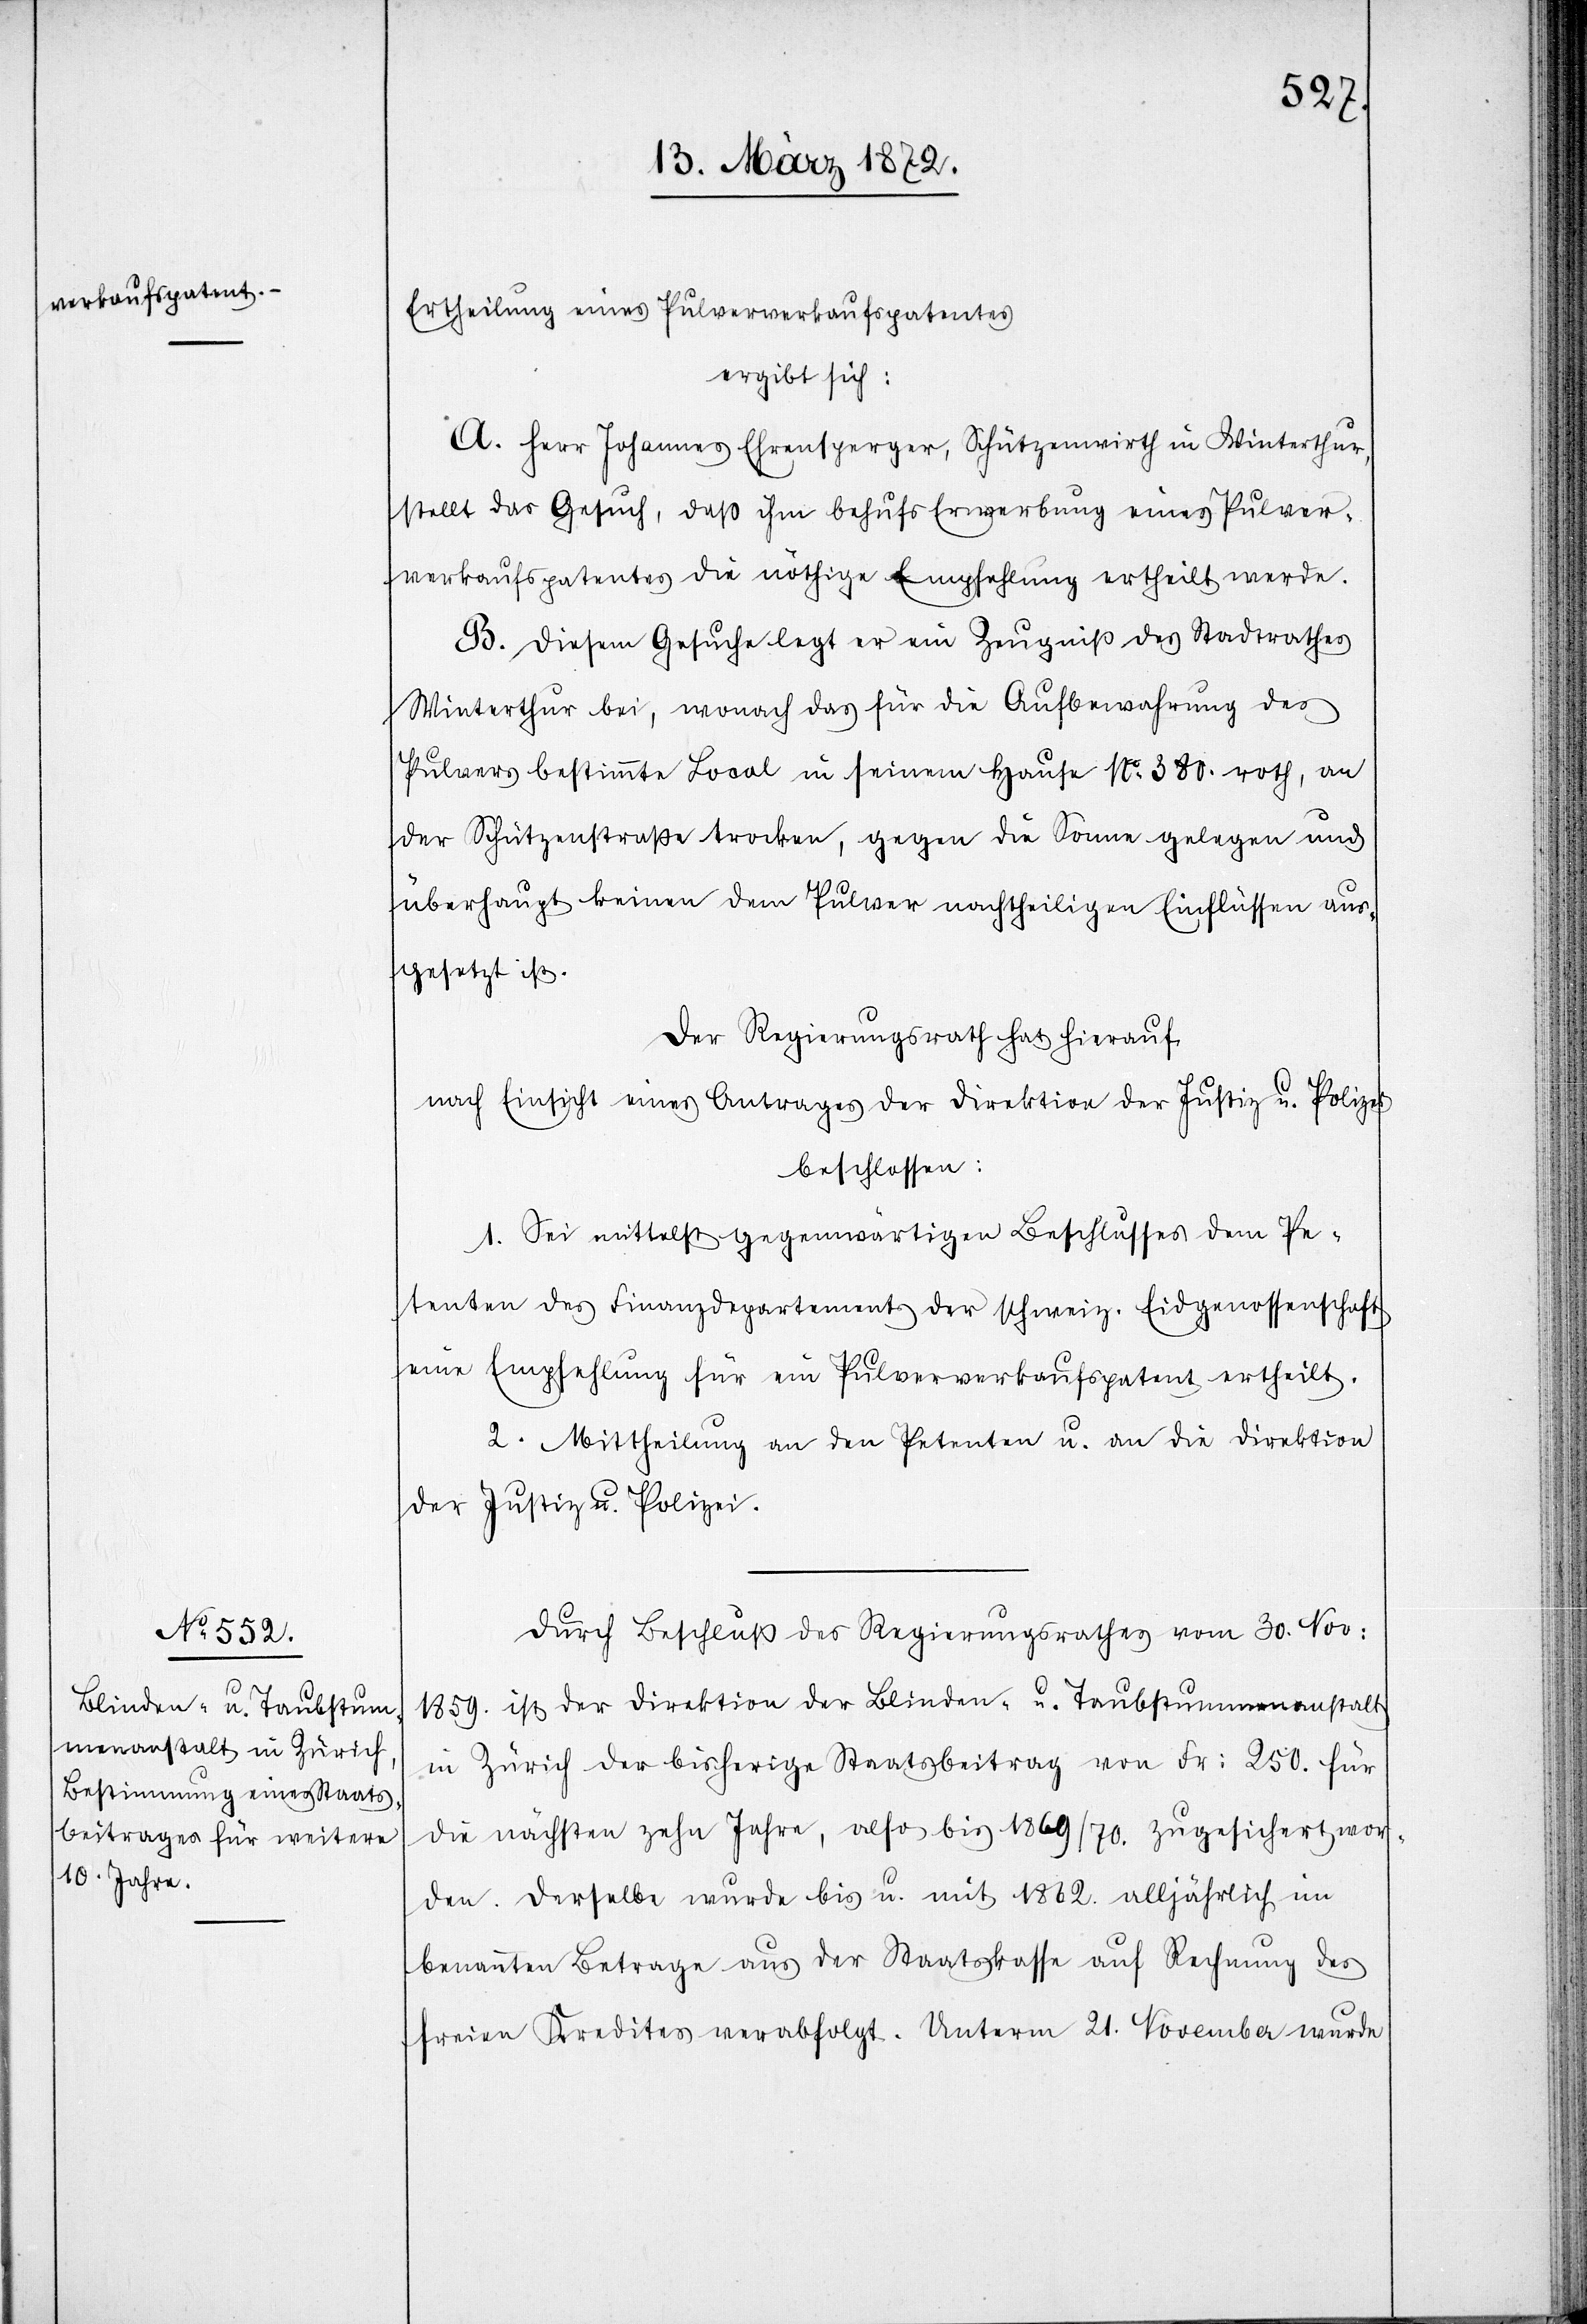
Ertheilung eines Pulververkaufspatentes
ergibt sich:
A. Herr Johannes Ehrensperger, Schützenwirth in Winterthur,
stellt das Gesuch, daß ihm behufs Erwerbung eines Pulver¬
verkaufspatentes die nöthige Empfehlung ertheilt werde.
B. Diesem Gesuche legt er ein Zeugniß des Stadtrathes
Winterthur bei, wonach das für die Aufbewahrung des
Pulvers bestimmte Local in seinem Hause No 380. roth, an
der Schützenstraße trocken, gegen die Sonne gelegen und
überhaupt keinen dem Pulver nachtheiligen Einflüssen aus¬
gesetzt ist.
Der Regierungsrath hat hierauf
nach Einsicht eines Antrages der Direktion der Justiz u. Polizei
beschlossen:
1. Sei mittelst gegenwärtigen Beschlusses dem Pe¬
tenten des Finanzdepartements der schweiz. Eidgenossenschaft
eine Empfehlung für ein Pulververkaufspatent ertheilt.
2. Mittheilung an den Petenten u. an die Direktion
der Justiz u. Polizei.
Durch Beschluß des Regierungsrathes vom 30. Nov:
1859. ist der Direktion der Blinden- u. Taubstummenanstalt
in Zürich der bisherige Staatsbeitrag von Fr: 250. für
die nächsten zehn Jahre, also bis 1869/70. zugesichert wor¬
den. Derselbe wurde bis u. mit 1862. alljährlich im
benannten Betrage aus der Staatskasse auf Rechnung des
freien Kredites verabfolgt. Unterm 21. November wurde